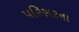
પરિસરના